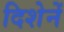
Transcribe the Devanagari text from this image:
दिशेनें